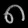
Digit: ၈